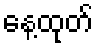
နေ့ထုတ်